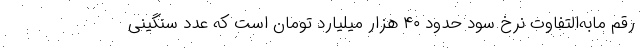
رقم مابه‌التفاوت نرخ سود حدود ۴۰ هزار میلیارد تومان است که عدد سنگینی